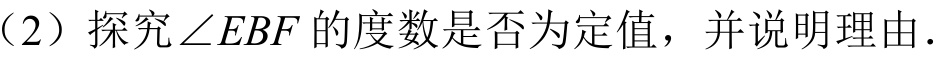
（2）探究\(\angle EBF\)的度数是否为定值，并说明理由.